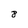
Character: 8